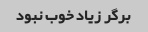
برگر زیاد خوب نبود